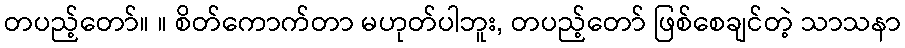
တပည့်တော်။ ။ စိတ်ကောက်တာ မဟုတ်ပါဘူး, တပည့်တော် ဖြစ်စေချင်တဲ့ သာသနာ